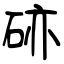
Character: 硛